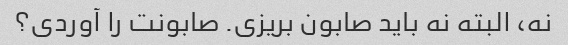
نه، البته نه باید صابون بریزی. صابونت را آوردی؟